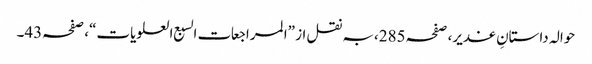
حوالہ داستانِ غدیر، صفحہ285،بہ نقل از ”المراجعات السبع العلویات“، صفحہ43۔